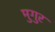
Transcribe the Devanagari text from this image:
मुगुर